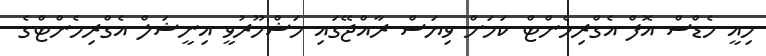
މިއީ ހެޑްސް އޮފް އެގްރިމެންޓް ކަމަށް ވިޔަސް ރާއްޖޭގައި މަޝްހޫރުވީ އިނީޝަލް އެގްރިމެންޓްގެ